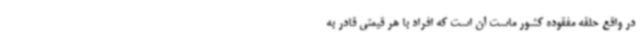
در واقع حلقه مفقوده کشور ماست آن است که افراد با هر قیمتی قادر به